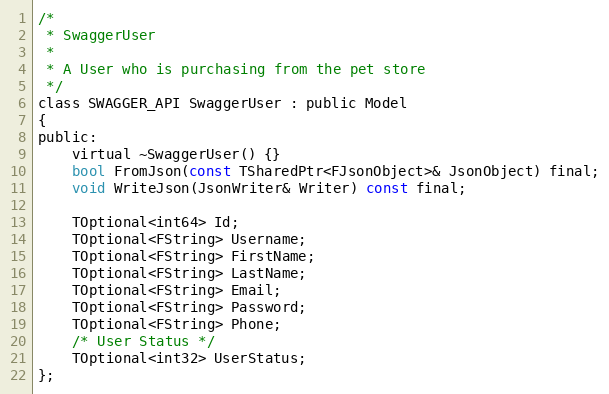
Language: C
/*
 * SwaggerUser
 *
 * A User who is purchasing from the pet store
 */
class SWAGGER_API SwaggerUser : public Model
{
public:
    virtual ~SwaggerUser() {}
	bool FromJson(const TSharedPtr<FJsonObject>& JsonObject) final;
	void WriteJson(JsonWriter& Writer) const final;

	TOptional<int64> Id;
	TOptional<FString> Username;
	TOptional<FString> FirstName;
	TOptional<FString> LastName;
	TOptional<FString> Email;
	TOptional<FString> Password;
	TOptional<FString> Phone;
	/* User Status */
	TOptional<int32> UserStatus;
};